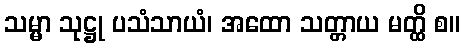
သမ္မာ သုဋ္ဌု ပသံသာယံ၊ အထော သတ္တာယ မတ္ထိ စ။